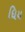
ધિય